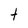
Character: t